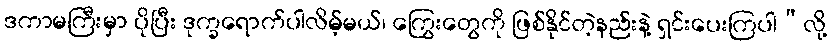
ဒကာမကြီးမှာ ပိုပြီး ဒုက္ခရောက်ပါလိမ့်မယ်၊ ကြွေးတွေကို ဖြစ်နိုင်တဲ့နည်းနဲ့ ရှင်းပေးကြပါ”လို့